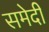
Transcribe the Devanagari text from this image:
समेदी